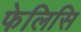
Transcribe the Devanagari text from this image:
फेलिसि